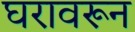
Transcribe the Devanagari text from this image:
घरावरून